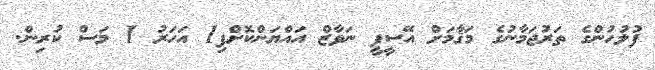
ފުލުހުންގެ ތަރުޖަމާނުގެ މަޤާމަށް އޭސީޕީ ނަވާޒް އައްޔަންކޮށްފި1 އަހަރު 1 މަސް ކުރިން.